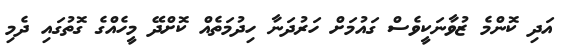
އަދި ކޮންމެ ޒުވާނަކީވެސް ގައުމަށް ހަރުދަނާ ހިދުމަތެއް ކޮށްދޭ މީހެއްގެ ގޮތުގައި ދެމި